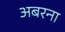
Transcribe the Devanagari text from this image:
अबरना